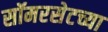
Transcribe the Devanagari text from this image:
सॉमरसेटच्या